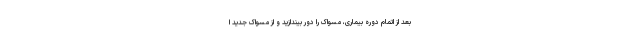
بعد از اتمام دوره بیماری، مسواک را دور بیندازید و از مسواک جدید ا